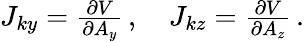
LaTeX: \begin{array}{r}{J_{ky}=\frac{\partial V}{\partial A_{y}}\, ,\quad J_{kz}=\frac{\partial V}{\partial A_{z}}\, .}\end{array}